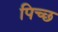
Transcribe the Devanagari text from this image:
पिच्छ